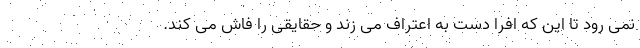
نمی رود تا این که افرا دست به اعتراف می زند و حقایقی را فاش می کند.